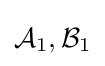
{\mathcal {A}}_{1},{\mathcal {B}}_{1}